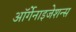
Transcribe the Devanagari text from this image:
ऑर्गेनाइजेशन्स